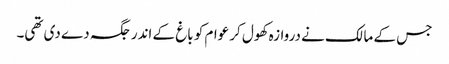
جس کے مالک نے دروازہ کھول کر عوام کو باغ کے اندر جگہ دے دی تھی۔